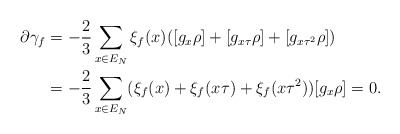
\begin{align*}\partial \gamma_f & = -\frac23 \sum_{x \in E_N} \xi_f(x) ([g_x \rho] + [g_{x \tau} \rho]+[g_{x \tau^2} \rho])\\& = -\frac23 \sum_{x \in E_N} (\xi_f(x)+\xi_f(x \tau)+\xi_f(x \tau^2)) [g_x \rho] = 0.\end{align*}